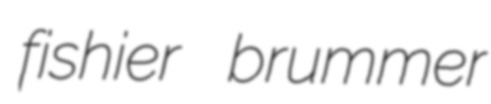
fishier brummer